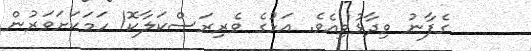
ގެފާނު ވިދާޅުވިއެވެ. އަޅުގެ ވެރިރަސްކަލާކޮ! ހަމަކަށަވަރުން